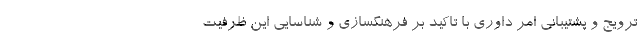
ترویج و پشتیبانی امر داوری با تاکید بر فرهنگسازی و شناسایی این ظرفیت